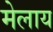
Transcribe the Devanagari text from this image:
मेलाय